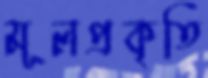
মূলপ্রকৃতি